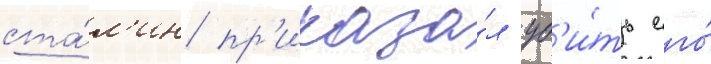
ста́л'ин пр'иказа́л уб'и́ть его́